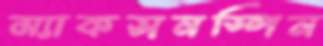
ম্যাকসনস্পিন